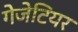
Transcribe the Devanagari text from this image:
गेजेटियर